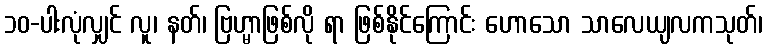
၁၀-ပါးလုံလျှင် လူ၊ နတ်၊ ဗြဟ္မာဖြစ်လို ရာ ဖြစ်နိုင်ကြောင်း ဟောသော သာလေယျလကသုတ်၊